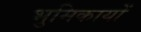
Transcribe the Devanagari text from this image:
भुमिकायों